Code of medical and sanitary regulations for the guidance of medical officers serving in the Madras Presidency - Volume I
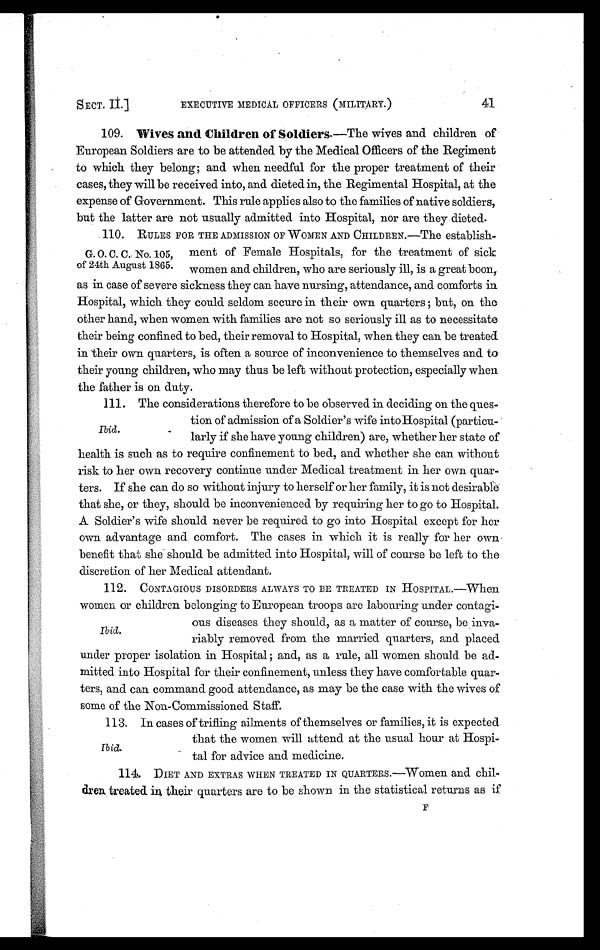
SECT. II.]
EXECUTIVE MEDICAL OFFICERS (MILITARY.)
41
109. Wives and Children of Soldiers .—The wives and children of
European Soldiers are to be attended by the Medical Officers of the Regiment
to which they belong; and when needful for the proper treatment of their
cases, they will be received into, and dieted in, the Regimental Hospital, at the
expense of Government. This rule applies also to the families of native soldiers,
but the latter are not usually admitted into Hospital, nor are they dieted.
110. RULES FOR THE ADMISSION OF WOMEN AND CHILDREN.—The establish-
ment of Female Hospitals, for the treatment of sick
women and children, who are seriously ill, is a great boon,
as in case of severe sickness they can have nursing, attendance, and comforts in
Hospital, which they could seldom secure in their own quarters ; but, on the
other hand, when women with families are not so seriously ill as to necessitate
their being confined to bed, their removal to Hospital, when they can be treated
in their own quarters, is often a source of inconvenience to themselves and to
their young children, who may thus be left without protection, especially when
the father is on duty.
111. The considerations therefore to be observed in deciding on the ques
tion of admission of a Soldier's wife into Hospital (particu
larly if she have young children) are, whether her state of
health is such as to require confinement to bed, and whether she can without
risk to her own recovery continue under Medical treatment in her own quar-
ters. If she can do so without injury to herself or her family, it is not desirable
that she, or they, should be inconvenienced by requiring her to go to Hospital.
A Soldier's wife should never be required to go into Hospital except for her
own advantage and comfort. The cases in which it is really for her own
benefit that she should be admitted into Hospital, will of course be left to the
(discretion of her Medical attendant.
112. CONTAGIOUS DISORDERS ALWAYS TO BE TREATED IN HOSPITAL.—When
women or children belonging to European troops are labouring under contagi
ous diseases they should, as a matter of course, be inva
riably removed from the married quarters, and placed
under proper isolation in Hospital ; and, as a rule, all women should be ad-
mitted into Hospital for their confinement, unless they have comfortable quar-
ters, and can command good attendance, as may be the case with the wives of
some of the Non-Commissioned Staff.
113. In cases of trifling ailments of themselves or families, it is expected
that the women will attend at the usual hour at Hospi-
tal for advice and medicine.
114. DIET AND EXTRAS WHEN TREATED IN QUARTERS.—Women and chil-
dren treated. in their quarters are to be shown in the statistical returns as if
F
G. O. C. C. No. 105,
of 24th August 1865.
Ibid.
Ibid.
Ibid.